Vaccination in Bombay 1863-1868 - 1863-1868
Year: 1863
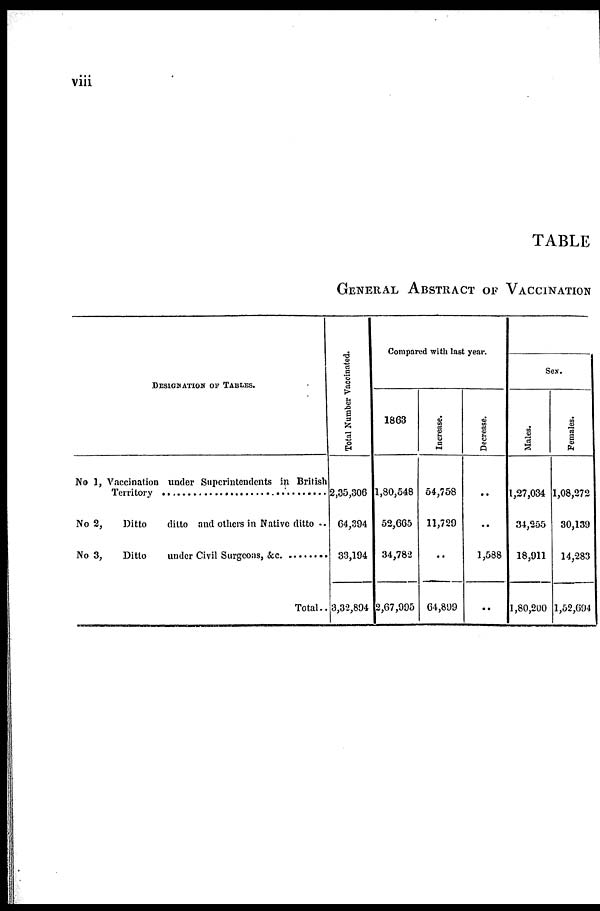
viii
TABLE
GENERAL ABSTRACT OF VACCINATION
DESIGNATION OF TABLES.
No 1, Vaccination under Superintendents in British
Territory ..............................................................
No 2,
Ditto
ditto and others in Native ditto ..
No 3, Ditto under Civil Surgeons, &c. ................
Total..
Total Number Vaccinated.
2,35,306
64,394
33,194
3,32,894
Compared with last year.
1863
1,80,548
52,665
34,782
2,67,995
Increase.
54,758
11,729
..
64,899
Decrease.
..
..
1,588
..
Sex.
Males.
1,27,034
34,255
18,911
1,80,200
Females.
1,08,272
30,139
14,283
1,52,694